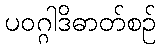
ပဝဂ္ဂါဒိဓာတ်စဉ်